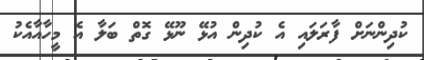
ކުދިންނަށް ފާރަލައި އެ ކުދިން އުޅޭ ނޫޅޭ ގޮތް ބަލާ އެ މީހާއާއެކު